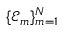
\{ \mathcal { E } _ { m } \} _ { m = 1 } ^ { N }